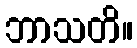
ဘာသတိ။